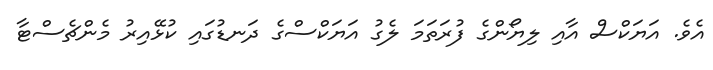
އެވެ. އަޔަކްސް އާއި ލިޔޯންގެ ފުރަތަމަ ލެގު އަޔަކްސްގެ ދަނޑުގައި ކުޅޭއިރު މެންޗެސްޓާ